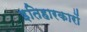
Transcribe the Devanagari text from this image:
इतिहारकारों